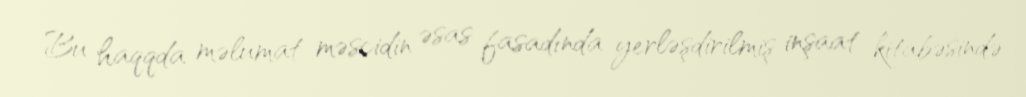
Bu haqqda məlumat məscidin əsas fasadında yerləşdirilmiş inşaat kitabəsində